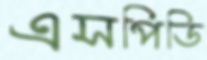
এসপিডি